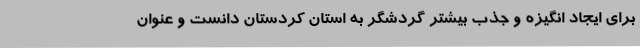
برای ایجاد انگیزه و جذب بیشتر گردشگر به استان کردستان دانست و عنوان